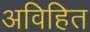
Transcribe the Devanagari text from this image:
अविहित